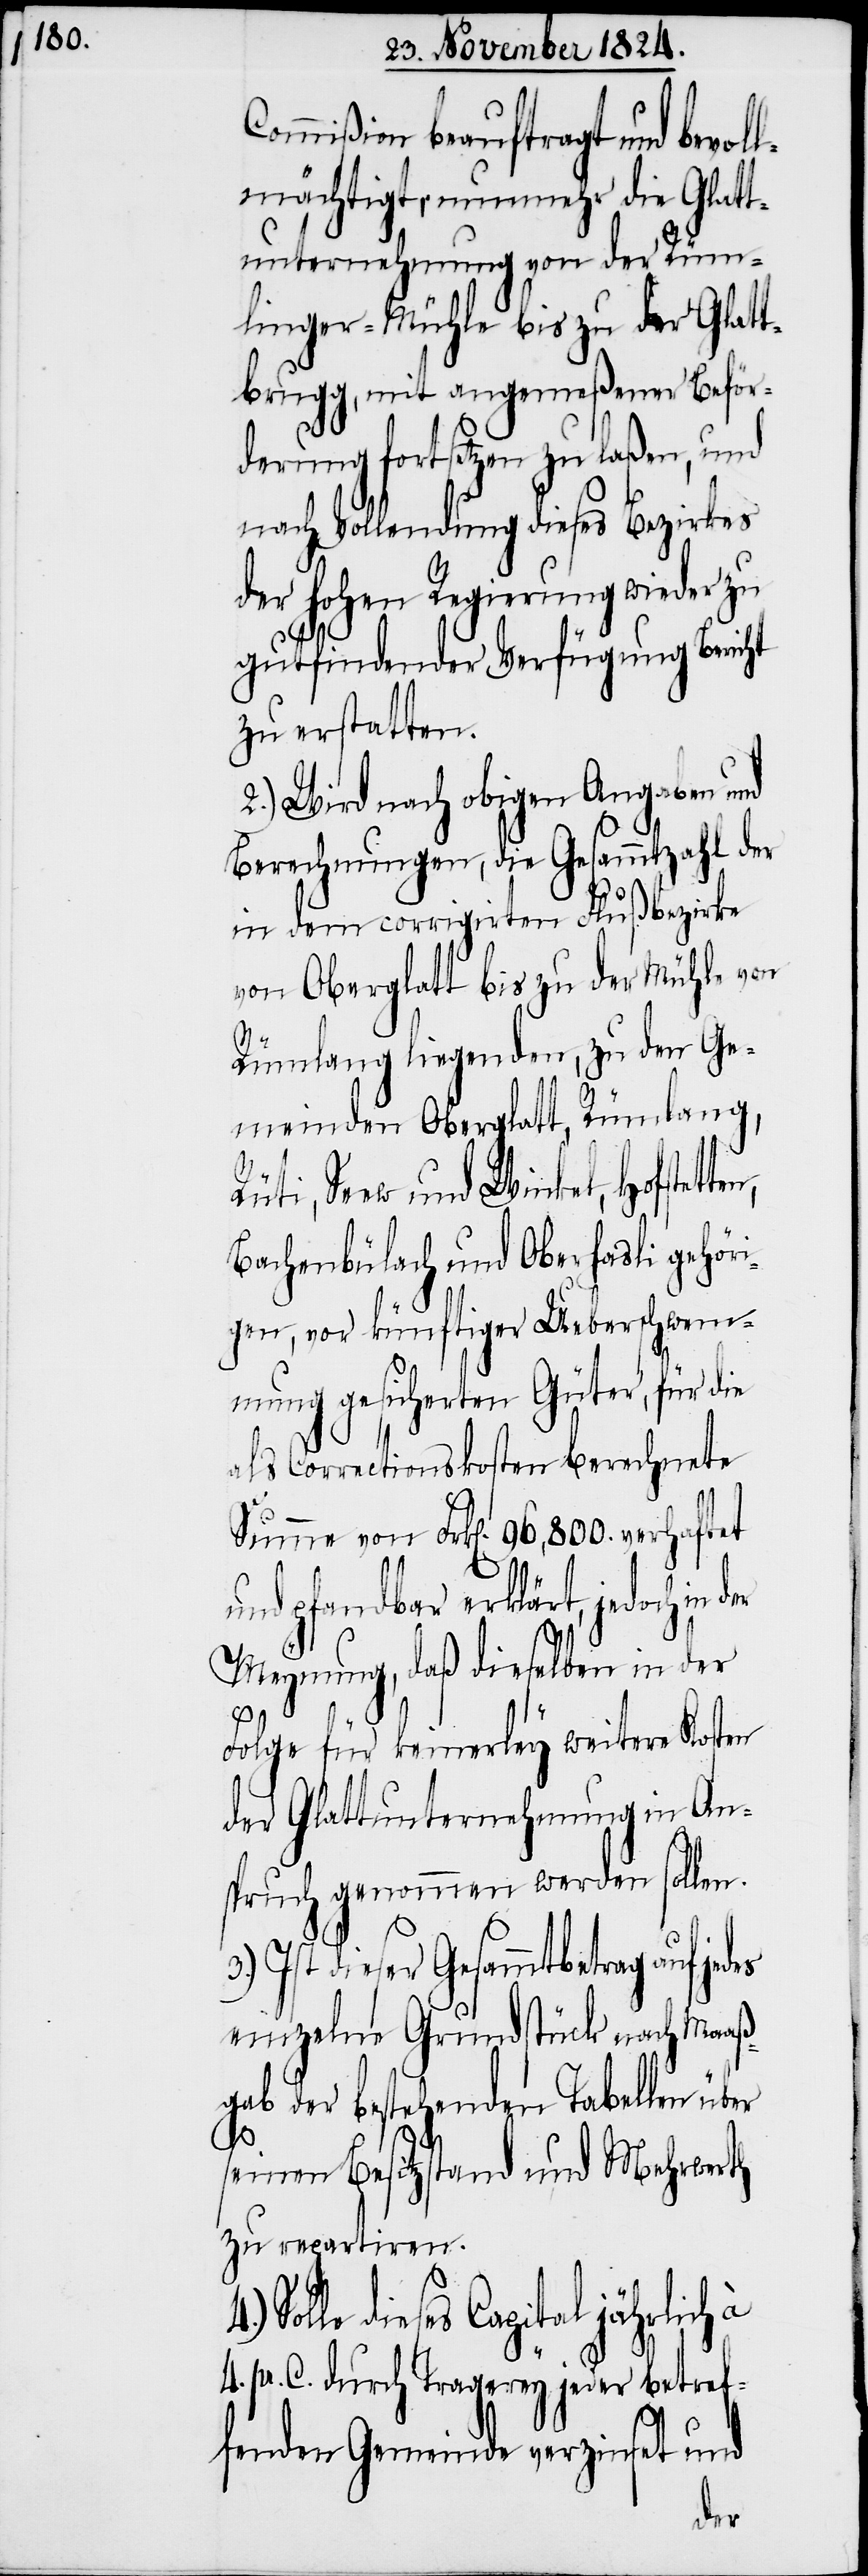
Commißion beauftragt und bevol¬
lmächtigt, nunmehr die Glatt¬
unternehmung von der Rüm¬
linger-Mühle bis zu der Glatt¬
brugg, mit angemeßener Beför¬
derung fortsetzen zu laßen, und
nach Vollendung dieses Bezirkes
der hohen Regierung wieder zu
gutfindender Verfügung Bericht
zu erstatten.
2.) Wird nach obigen Angaben und
Berechnungen, die Gesammtzahl der
in dem corrigirten Flußbezirke
von Oberglatt bis zu der Mühle von
Rümlang liegenden, zu den Ge¬
meinden Oberglatt, Rümlang,
Seew und Winkel, Hofstet¬
Bachenbülach und Oberhasli gehöri¬
gen, vor künftiger Ueberschwem¬
mung gesicherten Güter, für die
als Correctionskosten berechnete
Summe von Frk[en]. 96,800. verhaftet
und pfandbar erklärt, jedoch
Meynung, daß dieselben in der
4.)
Folge für keinerley weitere Kosten
der Glattunternehmung in An¬
spruch genommen werden sollen.
Ist dieser Gesammtbetrag auf je¬
einzelne Grundstück nach Maaß¬
gab der bestehenden Tabellen über
seinen Besitzstand und Mehrwerth
zu repartiren.
Solle dieses Capital jährlich
4. pr. C. durch Tragerey jeder betref¬
fenden Gemeinde verzinset und
des